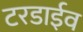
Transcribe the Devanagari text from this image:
टरडाईव